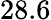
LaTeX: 28.6